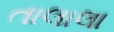
તાલાલા